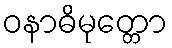
ဝနာဓိမုတ္တော